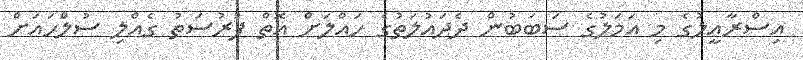
އިސްރާއީލުގެ މި އަމަލުގެ ސަބަބުން ދެދައުލަތުގެ ހައްލަށް އޮތް ފުރުސަތު ގެއްލި ސުލްހައަށް